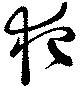
夜